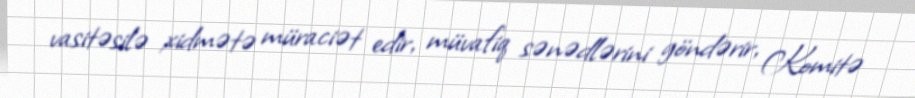
vasitəsilə xidmətə müraciət edir, müvafiq sənədlərini göndərir, Komitə